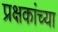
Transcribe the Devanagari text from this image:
प्रक्षकांच्या